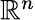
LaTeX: \textstyle\mathbb{R}^{n}